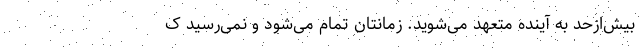
بیش‌ازحد به آینده متعهد می‌شوید. زمانتان تمام می‌شود و نمی‌رسید ک